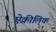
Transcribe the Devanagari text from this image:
ऐक्रीलिक